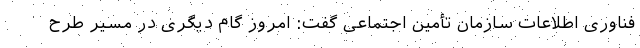
فناوری اطلاعات سازمان تأمین اجتماعی گفت: امروز گام دیگری در مسیر طرح